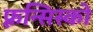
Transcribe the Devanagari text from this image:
फ़्रन्सिस्को